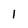
Character: 1